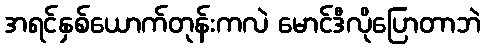
အရင်နှစ်ယောက်တုန်းကလဲ မောင်ဒီလိုပြောတာဘဲ